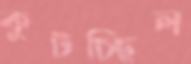
কুটচ্ছিল